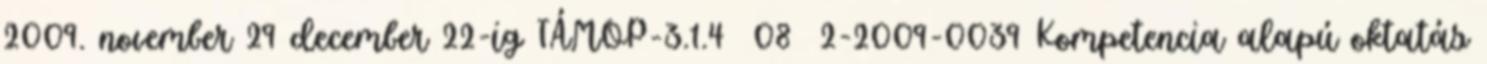
2009. november 29 december 22-ig TÁMOP-3.1.4 08 2-2009-0039 Kompetencia alapú oktatás